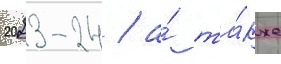
2023-24 / а́ та́кже